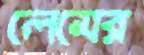
লেমের